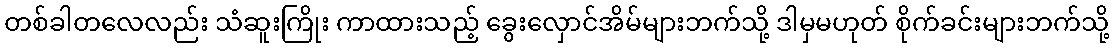
တစ်ခါတလေလည်း သံဆူးကြိုး ကာထားသည့် ခွေးလှောင်အိမ်များဘက်သို့ ဒါမှမဟုတ် စိုက်ခင်းများဘက်သို့